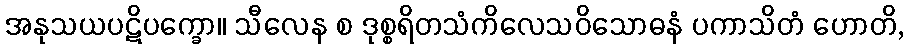
အနုသယပဋိပက္ခော။ သီလေန စ ဒုစ္စရိတသံကိလေသဝိသောဓနံ ပကာသိတံ ဟောတိ,